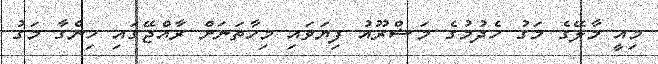
މިއީ މާލޭގެ މަގު ހެދުމުގެ މަޝްރޫއު ފިޔަވައި މިހާތަނަށް ރާއްޖޭގައި ހިންގާ މަގު